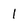
Character: I